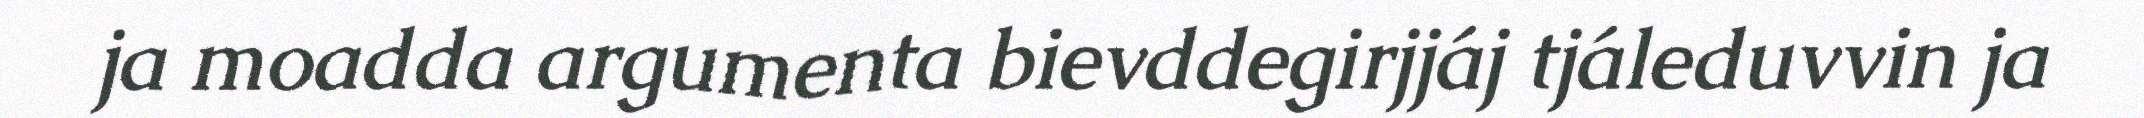
ja moadda argumenta bievddegirjjáj tjáleduvvin ja